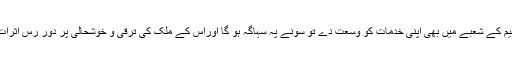
اگر ہلال احمر تعلیم کے شعبے میں بھی اپنی خدمات کو وسعت دے تو سونے پہ سہاگہ ہو گا اوراس کے ملک کی ترقی و خوشحالی پر دور رس اثرات مرتب ہوں گے۔